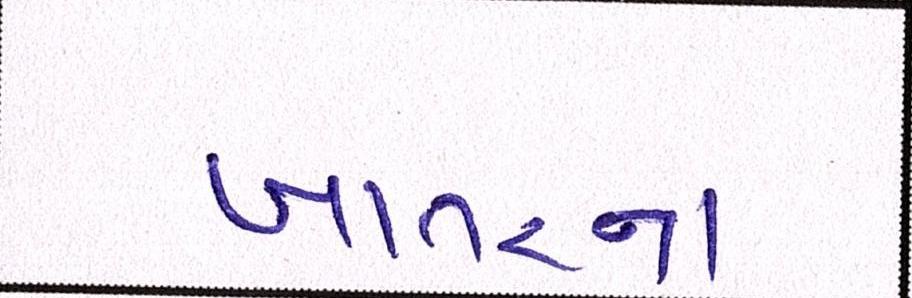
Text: ખાતરના